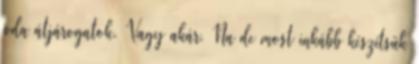
oda átjárogatok. Vagy akár. Na de most inkább készítsük